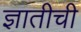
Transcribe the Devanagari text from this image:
ज्ञातीची